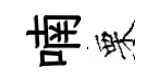
喃栗